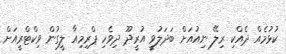
ކުޅުމެއް ދެއްކި ރިލޭ ނިއުއަށް ބަދަލުވީ އުރީދޫ ދިވެހި ޕްރިމިއާ ލީގުން ވިކްޓްރީއަށް